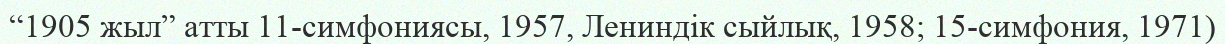
“1905 жыл” атты 11-симфониясы, 1957, Лениндік сыйлық, 1958; 15-симфония, 1971)